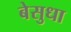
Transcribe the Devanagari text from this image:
बेसुधा